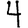
Digit: 4